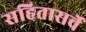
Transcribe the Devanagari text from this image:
सहितासर्वे